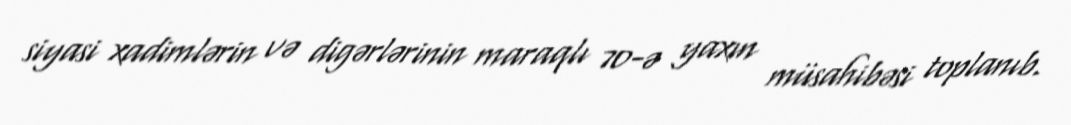
siyasi xadimlərin və digərlərinin maraqlı 70-ə yaxın müsahibəsi toplanıb.